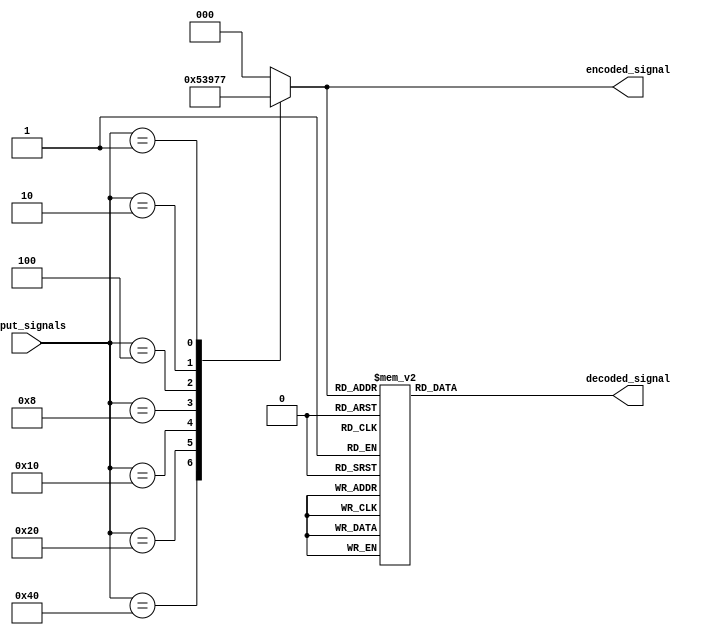
module priority_encoder_decoder (
    input [7:0] input_signals,
    output reg [2:0] encoded_signal,
    output [7:0] decoded_signal
);

// Priority Encoder module
always @* begin
    encoded_signal = 3'b000;
    case(input_signals)
        8'b10000000: encoded_signal = 3'b000;
        8'b01000000: encoded_signal = 3'b001;
        8'b00100000: encoded_signal = 3'b010;
        8'b00010000: encoded_signal = 3'b011;
        8'b00001000: encoded_signal = 3'b100;
        8'b00000100: encoded_signal = 3'b101;
        8'b00000010: encoded_signal = 3'b110;
        8'b00000001: encoded_signal = 3'b111;
    endcase
end

// Decoder module
always @* begin
    case(encoded_signal)
        3'b000: decoded_signal = 8'b10000000;
        3'b001: decoded_signal = 8'b01000000;
        3'b010: decoded_signal = 8'b00100000;
        3'b011: decoded_signal = 8'b00010000;
        3'b100: decoded_signal = 8'b00001000;
        3'b101: decoded_signal = 8'b00000100;
        3'b110: decoded_signal = 8'b00000010;
        3'b111: decoded_signal = 8'b00000001;
    endcase
end

endmodule